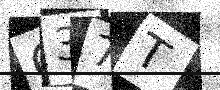
Text: O37T